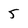
Character: 5